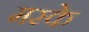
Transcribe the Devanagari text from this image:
मस्के